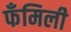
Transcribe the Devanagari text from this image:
फँमिली